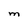
Character: m